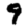
Digit: 9